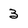
Character: 3